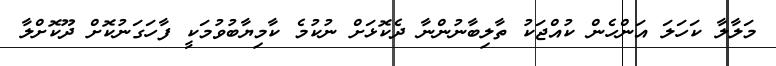
މަލާލާ ކަހަލަ އަންހެން ކުއްޖަކު ތާލިބާނުންނާ ދެކޮޅަށް ނުކުމެ ކާމިޔާބުވުމަކީ ފާހަގަނުކޮށް ދޫކޮށްލާ